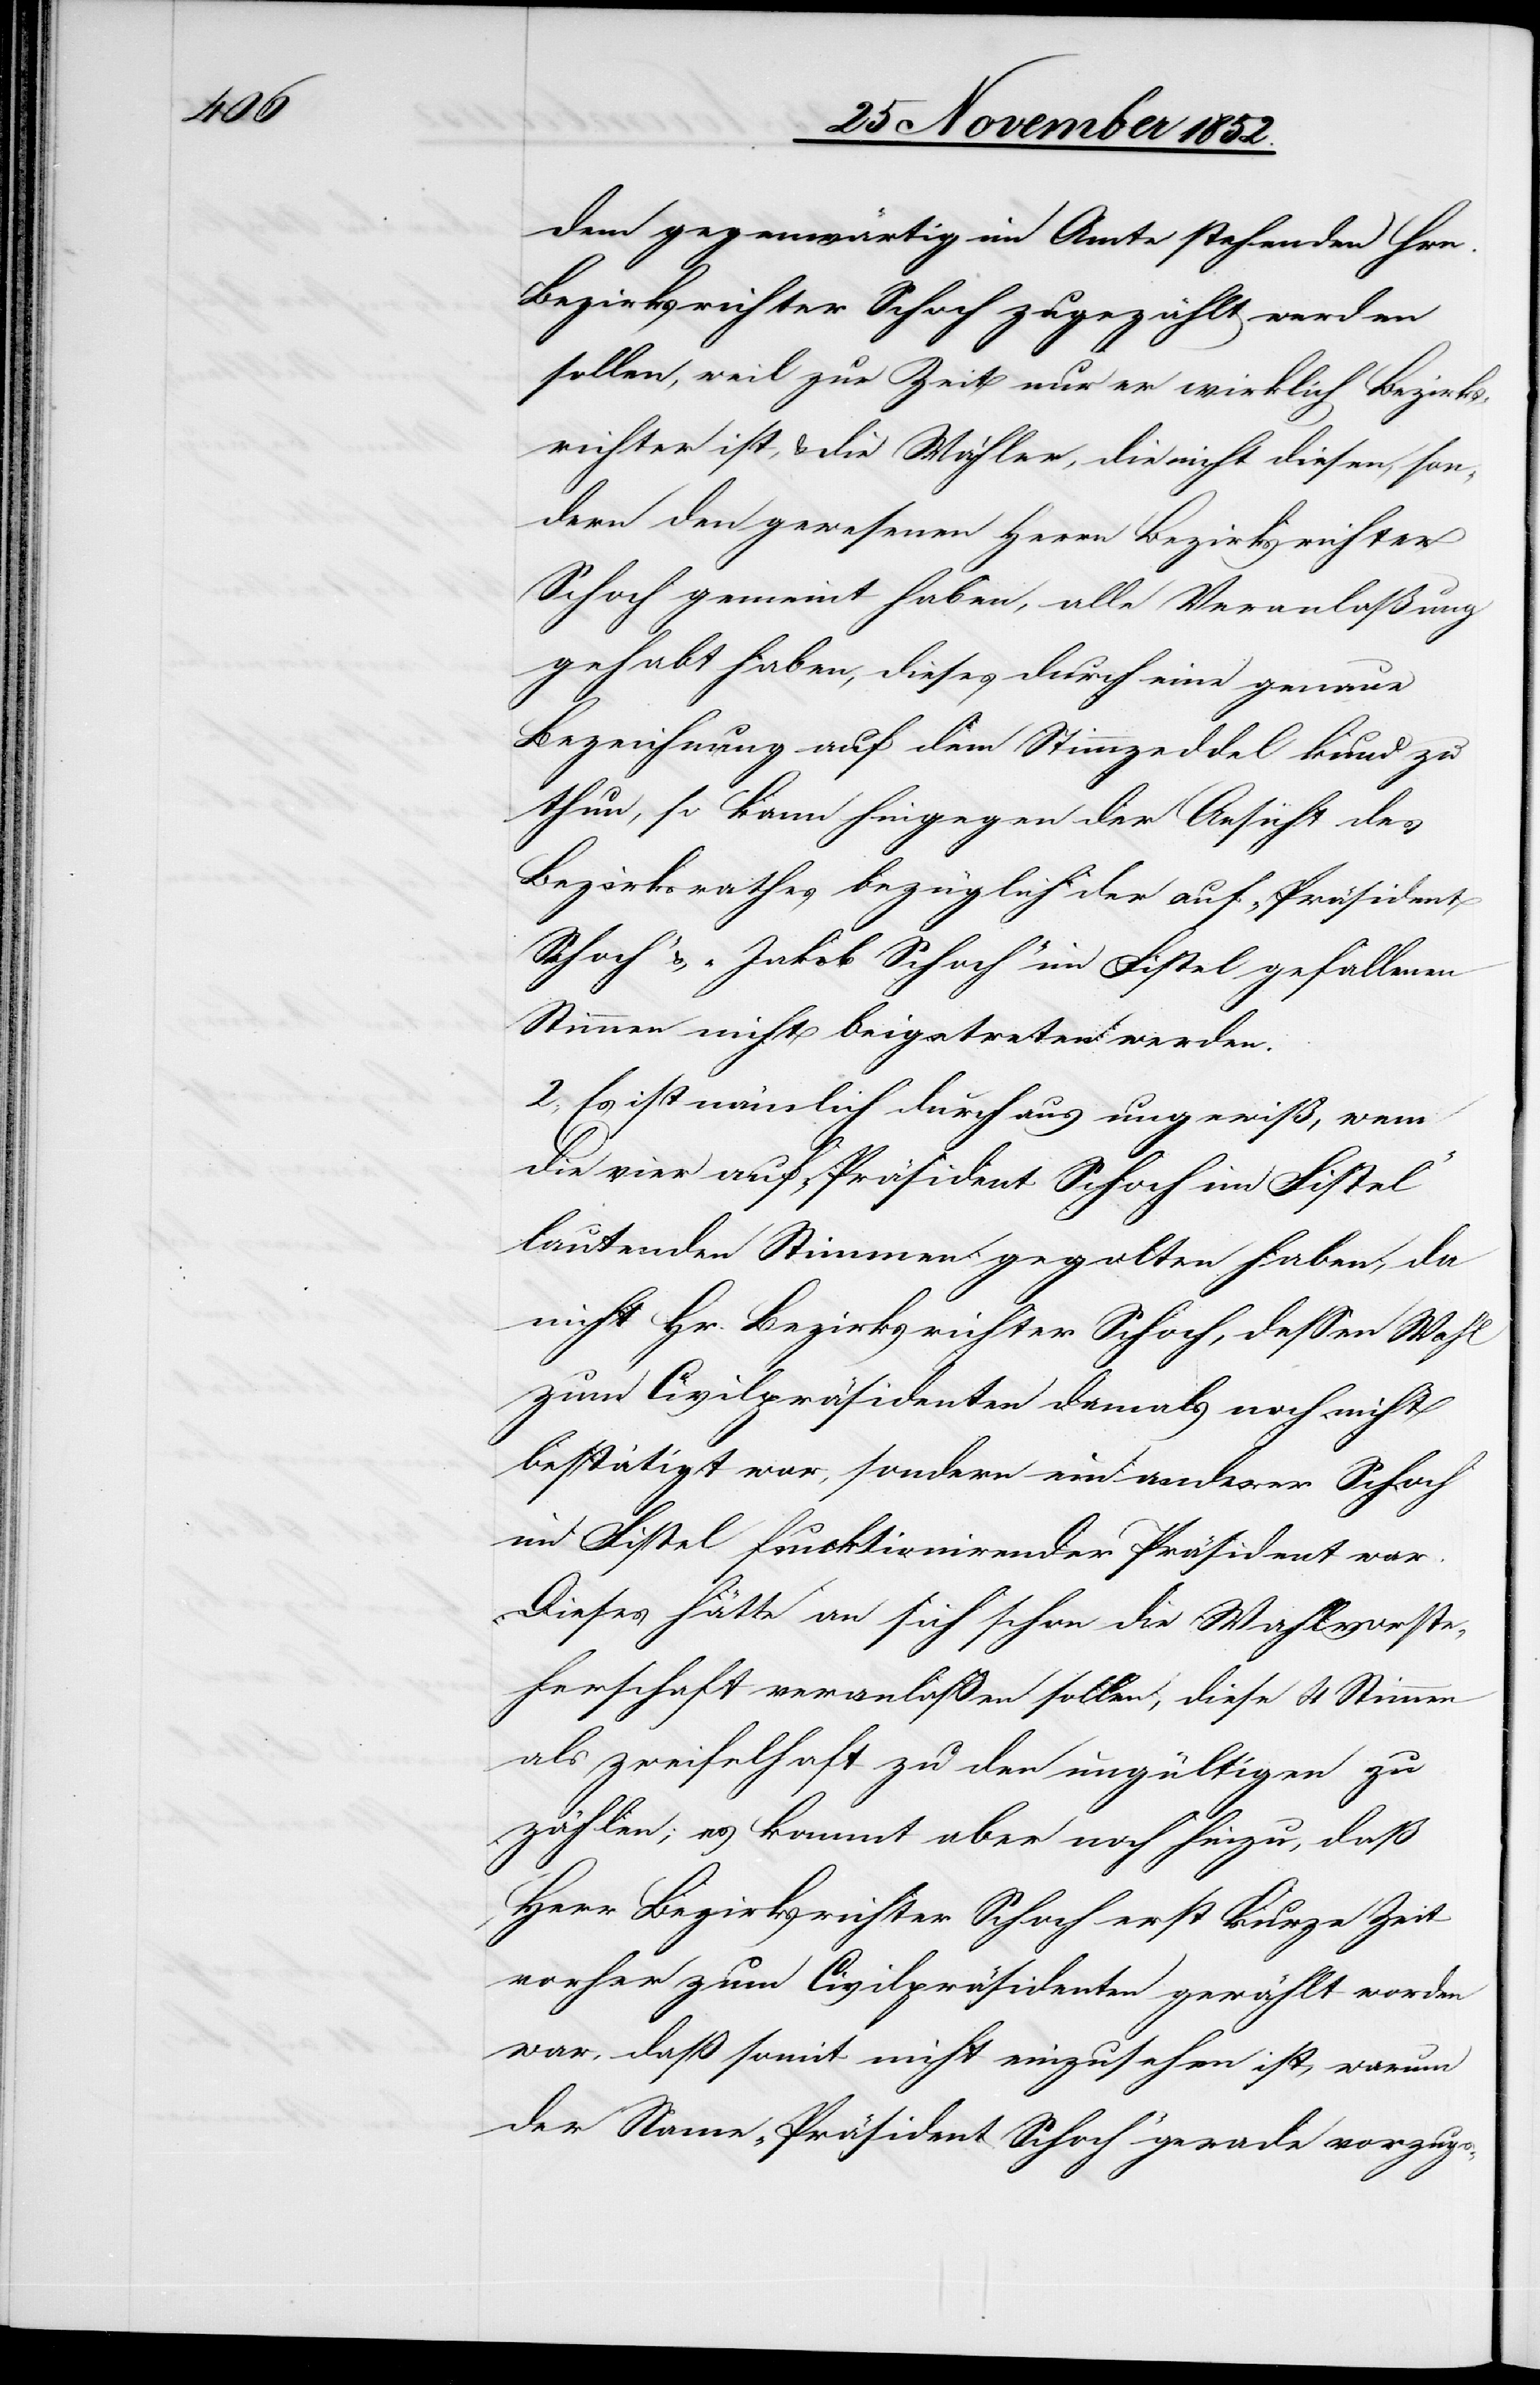
dem gegenwärtig im Amte stehenden Hrn.
Bezirksrichter Schoch zugezählt werden
sollen, weil zur Zeit nur er wirklich Bezirks¬
richter ist, & die Wähler, die nicht diesen, son¬
dern den gewesenen Herrn Bezirksrichter
Schoch gemeint haben, alle Veranlaßung
gehabt haben, dieses durch eine genaue
Bezeichnung auf dem Stimmzeddel kund zu
thun, so kann hingegen der Ansicht des
Bezirksrathes bezüglich der auf „Präsident
Schoch“ & „Jakob Schoch“ im Fistel gefallenen
Stimmen nicht beigetreten werden.
2., Es ist nämlich durchaus ungewiß, wem
die vier auf „Präsident Schoch im Fistel“
lautenden Stimmen gegolten haben, da
nicht Hr. Bezirksrichter Schoch, dessen Wahl
zum Civilpräsidenten damals noch nicht
bestätigt war, sondern ein anderer Schoch
im Fistel funktionirender Präsident war.
Dieses hätte an sich schon die Wahlvorste¬
herschaft veranlaßen sollen, diese 4 Stimmen
als zweifelhaft zu den ungültigen zu
zählen; es kommt aber noch hinzu, daß
Herr Bezirksrichter Schoch erst kurze Zeit
vorher zum Civilpräsidenten gewählt worden
war, daß somit nicht einzusehen ist, warum
der Name „Präsident Schoch“ gerade vorzugs-